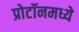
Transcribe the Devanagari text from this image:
प्रोटॉनमध्ये